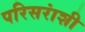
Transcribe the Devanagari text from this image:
परिसरांशी